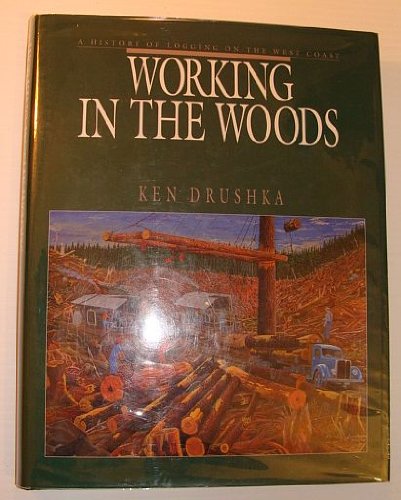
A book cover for Working in the Woods: A History of Logging on the West Coast; Ken Drushka; Science & Math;